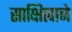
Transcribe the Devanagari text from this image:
साक्षित्वाने